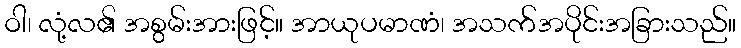
ဝါ၊ လုံ့လ၏ အစွမ်းအားဖြင့်။ အာယုပမာဏံ၊ အသက်အပိုင်းအခြားသည်။